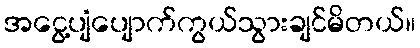
အငွေ့ပျံပျောက်ကွယ်သွားချင်မိတယ်။